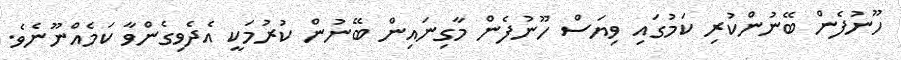
ހޫނުފެން ބޭނުންކުރި ކަމުގައި ވިޔަސް ހޫނުފެން މާގިނައިން ބޭނުން ކުރުމަކީ އެދެވިގެންވާ ކަމެއްނޫނެވެ.